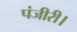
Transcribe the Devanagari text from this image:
पंजीरी।